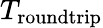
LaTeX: T_{\mathrm{roundtrip}}